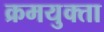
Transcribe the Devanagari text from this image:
क्रमयुक्ता